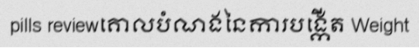
pills reviewគោលបំណងនៃការបង្កើត Weight